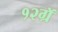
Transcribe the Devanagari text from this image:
१२ग्रॅ